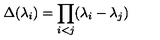
\Delta ( \lambda _ { i } ) = \prod _ { i < j } ( \lambda _ { i } - \lambda _ { j } )